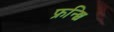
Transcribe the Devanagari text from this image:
फ्रन्छि